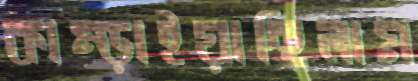
কাম্‌ড়াইয়াছিলাম